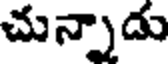
చున్నాడు